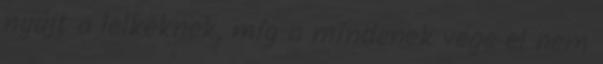
nyújt a lelkeknek, míg a mindenek vége el nem